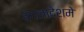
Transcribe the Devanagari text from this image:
बंगलादेशमे